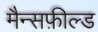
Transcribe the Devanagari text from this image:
मैन्सफ़ील्ड